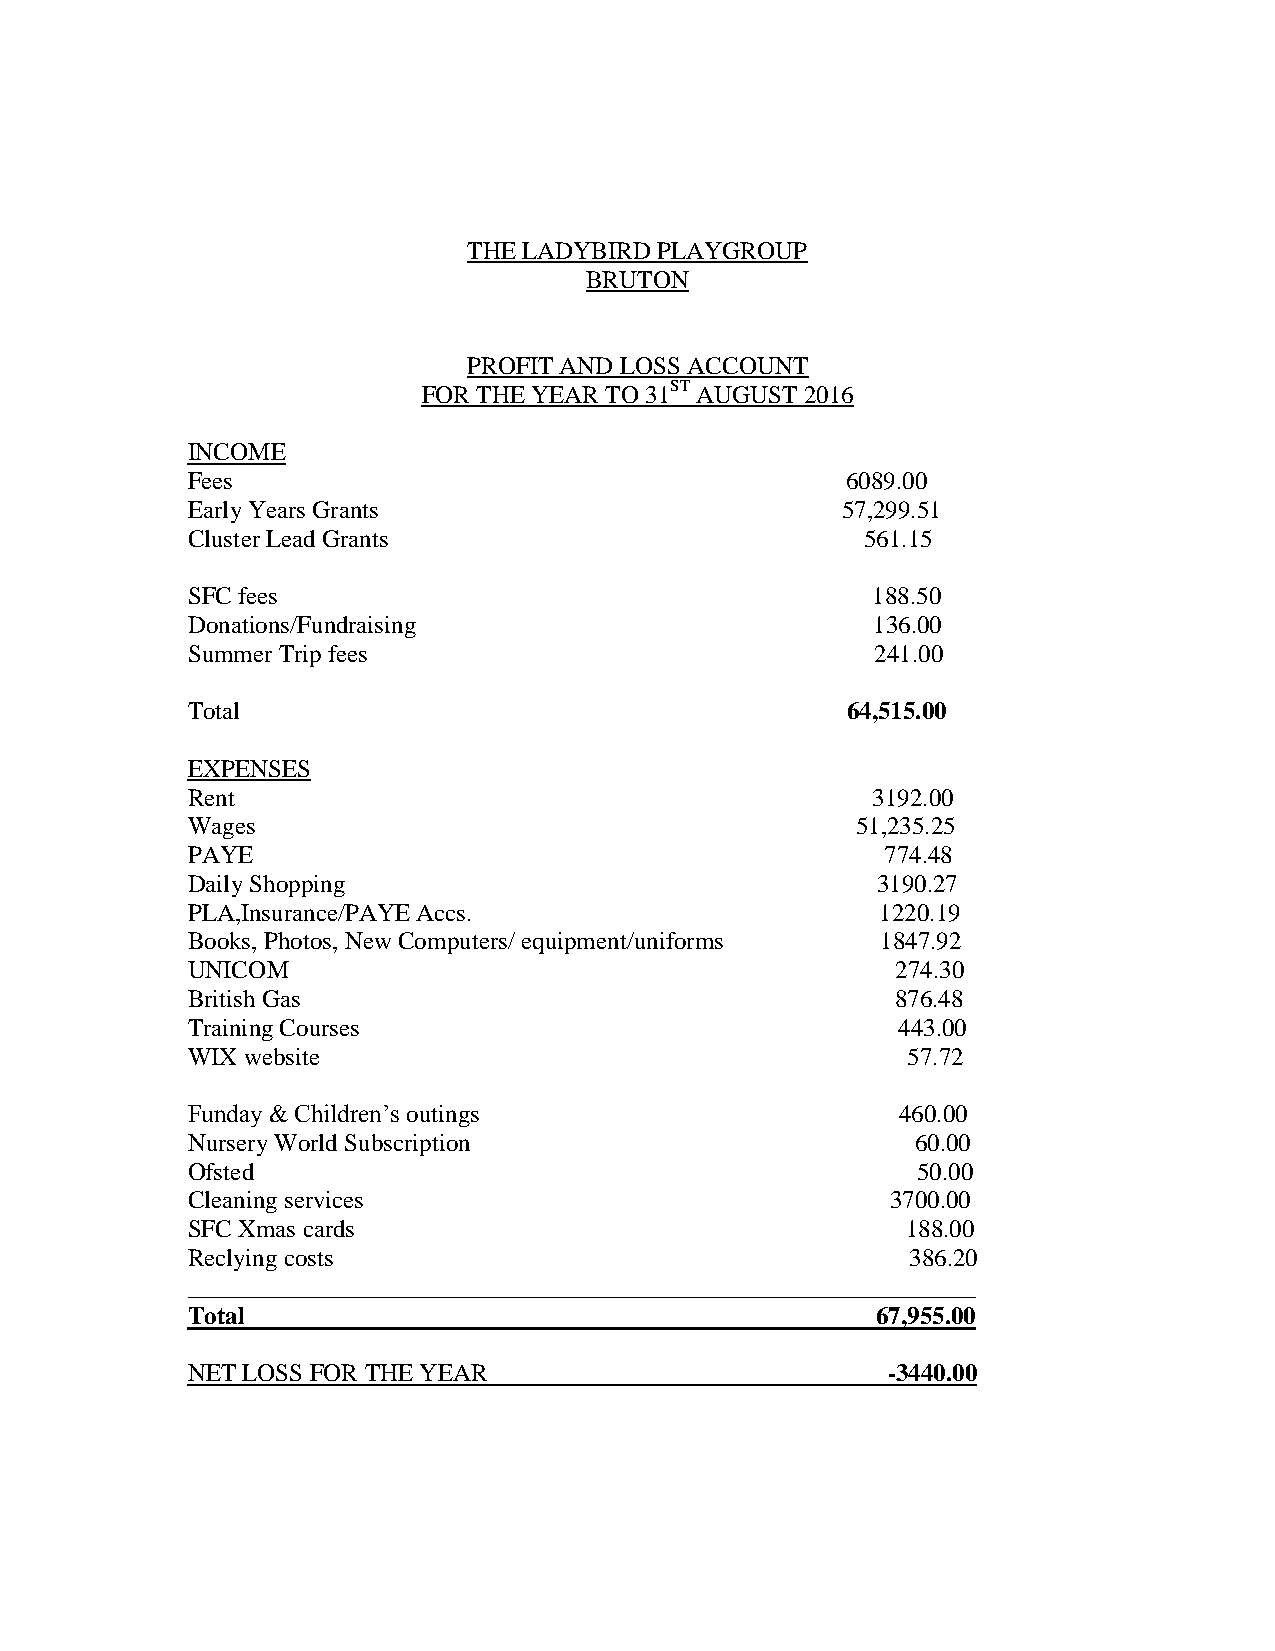
THE LADYBIRD PLAYGROUP
 BRUTON
 PROFIT AND LOSS ACCOUNT
 FOR THE YEAR TO 31ST AUGUST 2016
 INCOME
 Fees                                        6089.00
 Early Years Grants                          57,299.51
 Cluster Lead Grants                          561.15
 SFC fees                                      188.50
 Donations/Fundraising                         136.00
 Summer Trip fees                              241.00
 Total                                       64,515.00
 EXPENSES
 Rent                                          3192.00
 Wages                                        51,235.25
 PAYE                                           774.48
 Daily Shopping                                3190.27
 PLA,Insurance/PAYE Accs.                      1220.19
 Books, Photos, New Computers/ equipment/uniforms 1847.92
 UNICOM                                         274.30
 British Gas                                    876.48
 Training Courses                               443.00
 WIX website                                     57.72
 Funday & Children’s outings                     460.00
 Nursery World Subscription                       60.00
 Ofsted                                           50.00
 Cleaning services                              3700.00
 SFC Xmas cards                                  188.00
 Reclying costs                                  386.20
 _______________________________________________________________
 Total                                         67,955.00
 NET LOSS FOR THE YEAR                          -3440.00